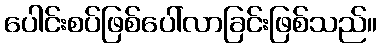
ပေါင်းစပ်ဖြစ်ပေါ်လာခြင်းဖြစ်သည်။